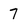
Character: 7